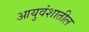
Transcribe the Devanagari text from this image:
आयुवंशातील